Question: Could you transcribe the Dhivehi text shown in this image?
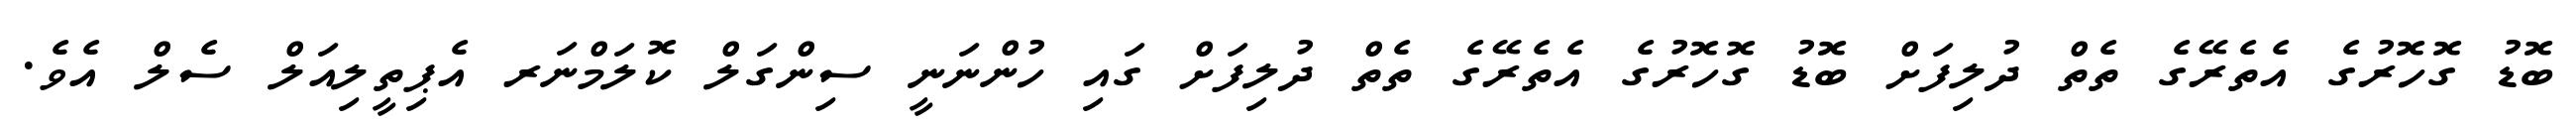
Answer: ބޮޑު ގޮހޮރުގެ އެތެރޭގެ ތެތް ދުލިފަށް ބޮޑު ގޮހޮރުގެ އެތެރޭގެ ތެތް ދުލިފަށް ގައި ހުންނަނީ ސިންގަލް ކޮލަމްނަރ އެޕިތީލިއަލް ސެލް އެވެ.